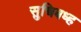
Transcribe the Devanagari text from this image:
सुचिबध्ह